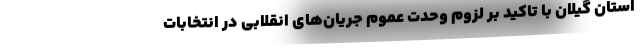
استان گیلان با تاکید بر لزوم وحدت عموم جریان‌های انقلابی در انتخابات